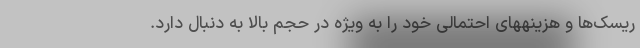
ریسک‌ها و هزینههای احتمالی خود را به ویژه در حجم بالا به دنبال دارد.